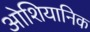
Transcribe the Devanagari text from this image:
ओशियानिक